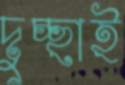
দুচ্ছাই